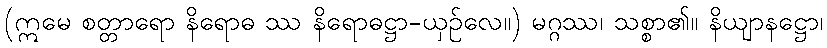
(ဣမေ စတ္တာရော နိရောဓ ဿ နိရောဓဋ္ဌာ-ယှဉ်လေ။) မဂ္ဂဿ၊ သစ္စာ၏။ နိယျာနဋ္ဌော၊